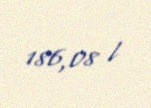
186,08 l